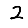
Digit: 2